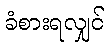
ခံစားရလျှင်